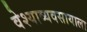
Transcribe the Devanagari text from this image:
वेश्याव्यवसायाला